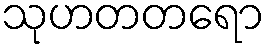
သုဟတတရော